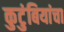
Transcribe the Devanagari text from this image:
कुटुंबियांचा